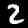
Digit: 2